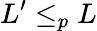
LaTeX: L^{\prime}\leq_{p}L